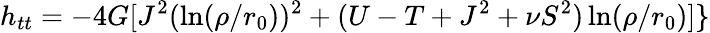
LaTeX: h_{tt}=-4G[J^{2}(\ln(\rho/r_{0}))^{2}+(U-T+J^{2}+\nu S^{2})\ln(\rho/r_{0})]\}